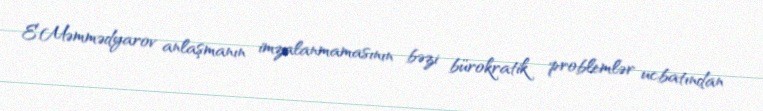
E.Məmmədyarov anlaşmanın imzalanmamasının bəzi bürokratik problemlər ucbatından